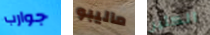
جوارب ماليبو الكثير